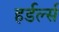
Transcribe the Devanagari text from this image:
हर्डर्ल्स